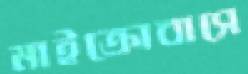
মাইক্রোবাসে